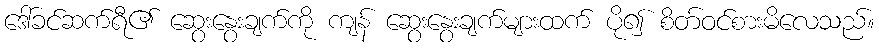
ဒေါ်ခင်ဆက်ရီ၏ ဆွေးနွေးချက်ကို ကျန် ဆွေးနွေးချက်များထက် ပို၍ စိတ်ဝင်စားမိလေသည်။